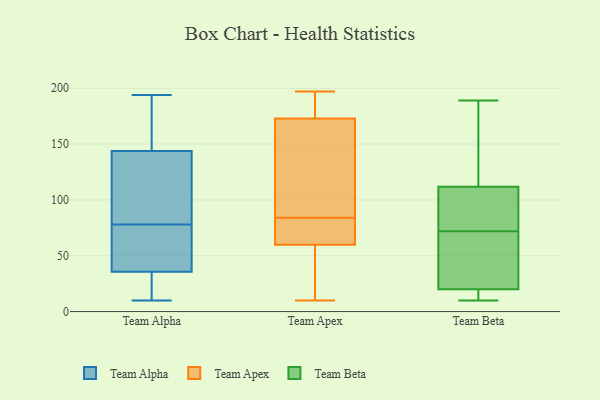
{"axis": {"x": "LTV (USD)", "y": "Value"}, "legend": ["Team Alpha", "Team Apex", "Team Beta"], "data": [{"x": "", "y": 157, "type": "Team Alpha"}, {"x": "", "y": 143, "type": "Team Alpha"}, {"x": "", "y": 14, "type": "Team Alpha"}, {"x": "", "y": 33, "type": "Team Alpha"}, {"x": "", "y": 22, "type": "Team Alpha"}, {"x": "", "y": 194, "type": "Team Alpha"}, {"x": "", "y": 29, "type": "Team Alpha"}, {"x": "", "y": 10, "type": "Team Alpha"}, {"x": "", "y": 155, "type": "Team Alpha"}, {"x": "", "y": 78, "type": "Team Alpha"}, {"x": "", "y": 44, "type": "Team Alpha"}, {"x": "", "y": 58, "type": "Team Alpha"}, {"x": "", "y": 144, "type": "Team Alpha"}, {"x": "", "y": 141, "type": "Team Alpha"}, {"x": "", "y": 82, "type": "Team Alpha"}, {"x": "", "y": 45, "type": "Team Alpha"}, {"x": "", "y": 163, "type": "Team Alpha"}, {"x": "", "y": 88, "type": "Team Alpha"}, {"x": "", "y": 45, "type": "Team Alpha"}, {"x": "", "y": 102, "type": "Team Apex"}, {"x": "", "y": 197, "type": "Team Apex"}, {"x": "", "y": 71, "type": "Team Apex"}, {"x": "", "y": 20, "type": "Team Apex"}, {"x": "", "y": 191, "type": "Team Apex"}, {"x": "", "y": 82, "type": "Team Apex"}, {"x": "", "y": 42, "type": "Team Apex"}, {"x": "", "y": 84, "type": "Team Apex"}, {"x": "", "y": 180, "type": "Team Apex"}, {"x": "", "y": 76, "type": "Team Apex"}, {"x": "", "y": 10, "type": "Team Apex"}, {"x": "", "y": 56, "type": "Team Apex"}, {"x": "", "y": 175, "type": "Team Apex"}, {"x": "", "y": 167, "type": "Team Apex"}, {"x": "", "y": 162, "type": "Team Apex"}, {"x": "", "y": 52, "type": "Team Beta"}, {"x": "", "y": 103, "type": "Team Beta"}, {"x": "", "y": 110, "type": "Team Beta"}, {"x": "", "y": 166, "type": "Team Beta"}, {"x": "", "y": 22, "type": "Team Beta"}, {"x": "", "y": 44, "type": "Team Beta"}, {"x": "", "y": 14, "type": "Team Beta"}, {"x": "", "y": 13, "type": "Team Beta"}, {"x": "", "y": 117, "type": "Team Beta"}, {"x": "", "y": 72, "type": "Team Beta"}, {"x": "", "y": 73, "type": "Team Beta"}, {"x": "", "y": 189, "type": "Team Beta"}, {"x": "", "y": 10, "type": "Team Beta"}]}